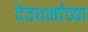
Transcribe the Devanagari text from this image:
देवधर्माच्या